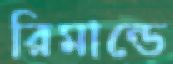
রিমান্ডে